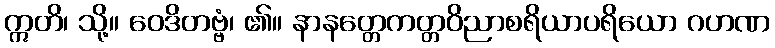
ဣတိ၊ သို့။ ဝေဒိတဗ္ဗံ၊ ၏။ နာနတ္တေကတ္တဝိညာစရိယာပရိယော ဂဟဏ